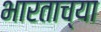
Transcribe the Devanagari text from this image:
भारताच्‍या